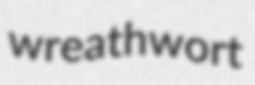
wreathwort